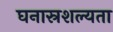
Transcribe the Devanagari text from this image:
घनास्रशल्यता